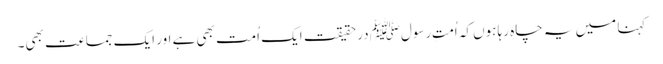
کہنا میں یہ چاہ رہا ہوں کہ اُمتِ رسولﷺ درحقیقت ایک اُمت بھی ہے اور ایک جماعت بھی۔